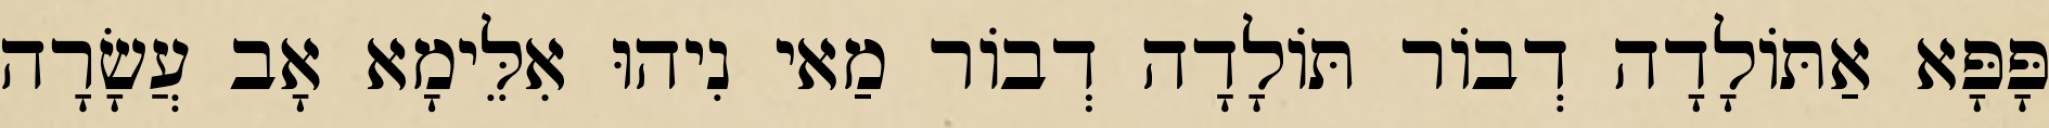
פָּפָּא אַתּוֹלָדָה דְבוֹר תּוֹלָדָה דְבוֹר מַאי נִיהוּ אִלֵּימָא אָב עֲשָׂרָה